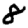
Digit: 8